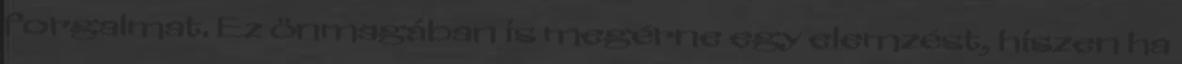
forgalmat. Ez önmagában is megérne egy elemzést, hiszen ha